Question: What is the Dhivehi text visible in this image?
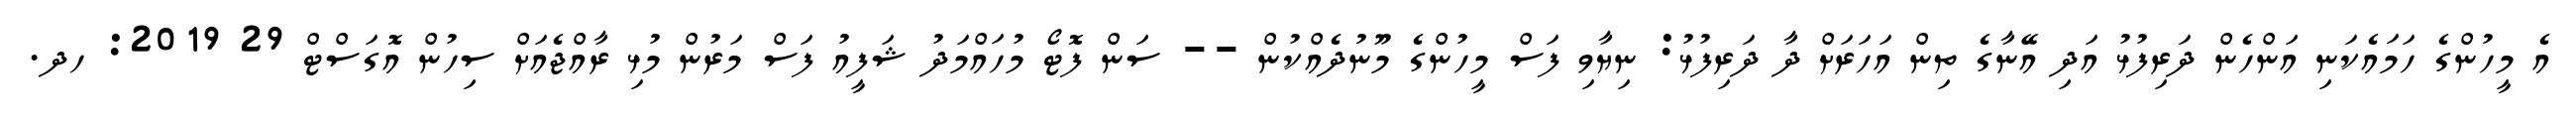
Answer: އެ މީހުންގެ ހަމައެކަނި އަންހެން ދަރިފުޅު އަދި އޭނާގެ ތިން އަހަރަށް ދާ ދަރިފުޅު: ނިޔާވި ފަސް މީހުންގެ މޫނުދެއްކުން -- ސަން ފޮޓޯ މުހައްމަދު ޝަފީއު ފަސް މަރުން މުޅި ރާއްޖެއަށް ސިހުން އޮގަސްޓް 29 2019: ހދ.